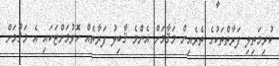
ކުރިމަތިލި ފަރާތްތަކުގެ ތެރެއިން މަޤާމަށް އެންމެ ޤާބިލު ފަރާތެއް ހޮވުމަށްޓަކައި އެ މަޤާމަށް